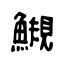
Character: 䲅